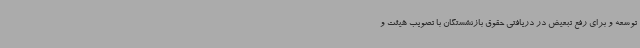
توسعه و برای رفع تبعیض در دریافتی حقوق بازنشستگان با تصویب هیئت و